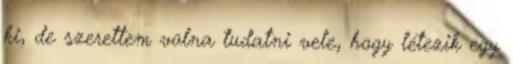
ki, de szerettem volna tudatni vele, hogy létezik egy